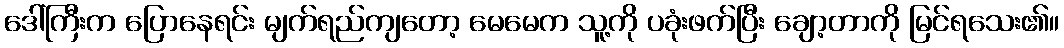
ဒေါ်ကြီးက ပြောနေရင်း မျက်ရည်ကျတော့ မေမေက သူ့ကို ပခုံးဖက်ပြီး ချော့တာကို မြင်ရသေး၏။